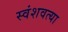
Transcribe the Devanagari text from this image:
स्वंशवत्या